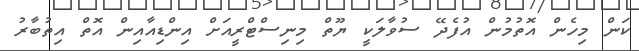
ކަން މިހެން އޮތުމުން އުފެދޭ ސުވާލަކީ ޔޫތް މިނިސްޓްރީއަށް އިންޑިއާއިން އޮތް އިތުބާރު